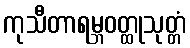
ကုသီတာရမ္ဘဝတ္ထုသုတ္တံ